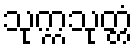
သုက္ကသုတ္တံ